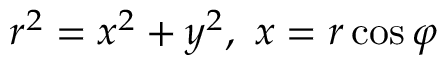
r ^ { 2 } = x ^ { 2 } + y ^ { 2 } , \ x = r \cos \varphi